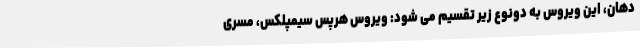
دهان، این ویروس به دونوع زیر تقسیم می شود: ویروس هرپس سیمپلکس، مسری